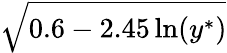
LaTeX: \sqrt{0.6-2.45\ln(y^{\ast})}